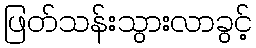
ဖြတ်သန်းသွားလာခွင့်